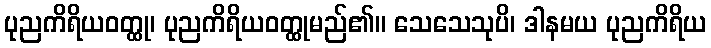
ပုညကိရိယဝတ္ထု၊ ပုညကိရိယဝတ္ထုမည်၏။ သေသေသုပိ၊ ဒါနမယ ပုညကိရိယ